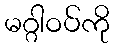
မဂ္ဂါဝပ်ကို